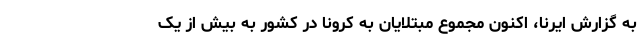
به گزارش ایرنا، اکنون مجموع مبتلایان به کرونا در کشور به بیش از یک